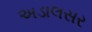
અડાલસર